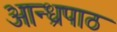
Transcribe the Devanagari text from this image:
आन्ध्रपाठ